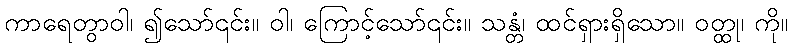
ကာရေတွာဝါ၊ ၍သော်၎င်း။ ဝါ၊ ကြောင့်သော်၎င်း။ သန္တံ၊ ထင်ရှားရှိသော။ ဝတ္ထု၊ ကို။